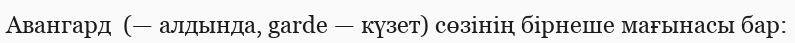
Авангард  (— алдында, garde — күзет) сөзінің бірнеше мағынасы бар: